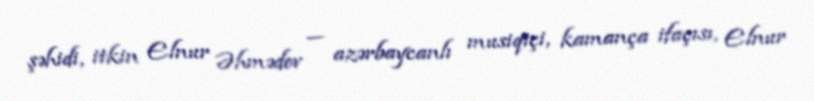
şəhidi, itkin Elnur Əhmədov — azərbaycanlı musiqiçi, kamança ifaçısı, Elnur